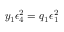
y _ { 1 } \epsilon _ { 4 } ^ { 2 } = q _ { 1 } \epsilon _ { 1 } ^ { 2 }